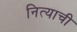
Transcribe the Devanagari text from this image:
नित्याची